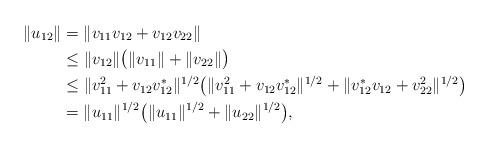
LaTeX: \begin{align*} \|u_{12}\|&=\|v_{11}v_{12}+v_{12}v_{22}\|\\ &\leq \|v_{12}\|\big(\|v_{11}\|+\|v_{22}\|\big)\\ &\leq \|v_{11}^2+v_{12}v_{12}^*\|^{1/2}\big(\|v_{11}^2+v_{12}v_{12}^*\|^{1/2} +\|v_{12}^*v_{12}+v_{22}^2\|^{1/2}\big)\\ &= \|u_{11}\|^{1/2}\big(\|u_{11}\|^{1/2}+\|u_{22}\|^{1/2}\big), \end{align*}